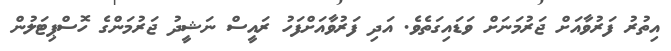
އިތުރު ފަރުވާއަށް ޖަރުމަނަށް ވަޑައިގަތެވެ. އަދި ފަރުވާއަށްފަހު ރައީސް ނަޝީދު ޖަރުމަންގެ ހޮސްޕިޓަލުން